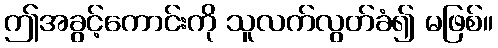
ဤအခွင့်ကောင်းကို သူလက်လွတ်ခံ၍ မဖြစ်။